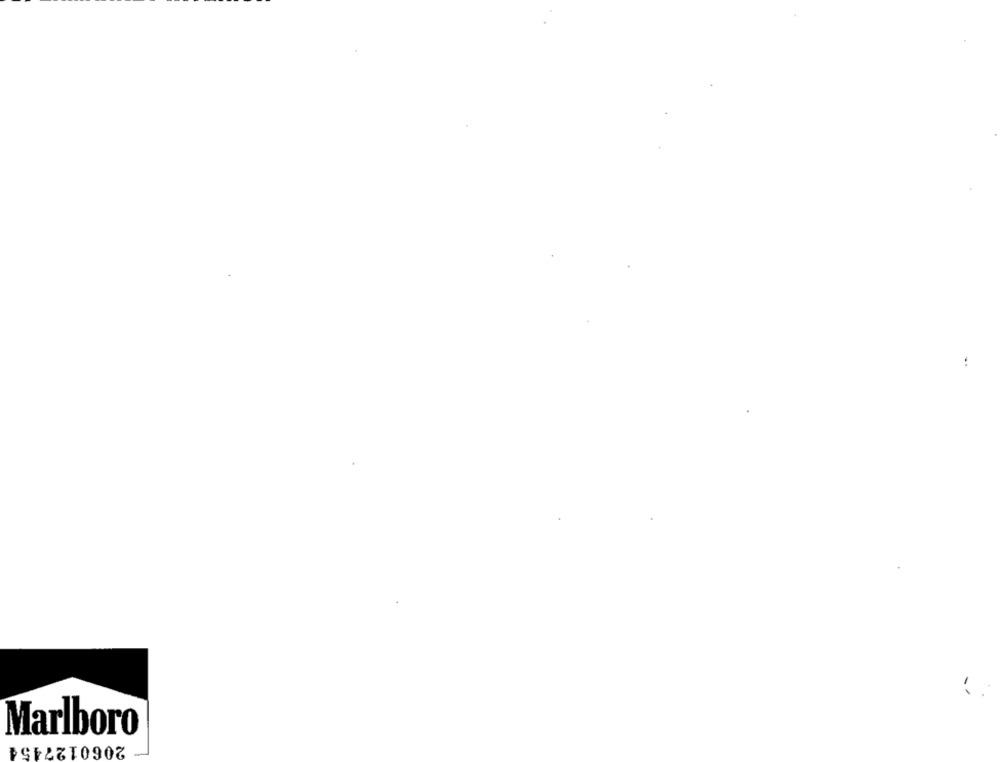
Marlboro
2060127454